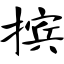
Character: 摈